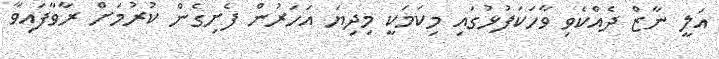
އަލީ ނާޒް ދެއްކެވި ވާހަކަފުޅުގައި މިކަމަކީ މިދިޔަ އަހަރުން ފެށިގެން ކުރުމަށް ރާވާފައިވާ